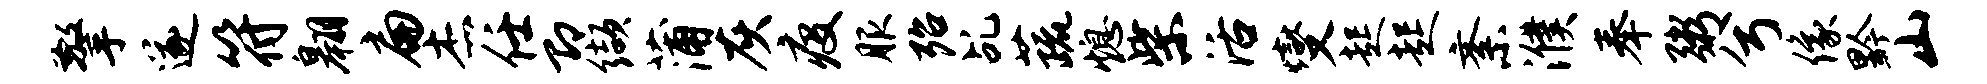
擎遂符翱扁杰任即缬蒲灰疫服殆乩蔬熄柴活燮起起紊濮奉粥兮像黔山